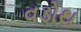
વડોથ